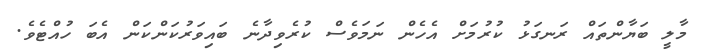
މާލީ ބަޔާންތައް ރަނގަޅު ކުރުމަށް އެހެން ނަމަވެސް ކުރެވިދާނެ ބައިވަރުކަންކަން އެބަ ހުއްޓެވެ.